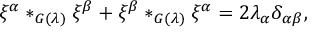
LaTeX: \xi ^ { \alpha } * _ { G ( \lambda ) } \xi ^ { \beta } + \xi ^ { \beta } * _ { G ( \lambda ) } \xi ^ { \alpha } = 2 \lambda _ { \alpha } \delta _ { \alpha \beta } ,